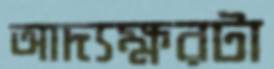
আদ্যক্ষরটা